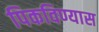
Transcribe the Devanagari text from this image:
पिकविण्यास